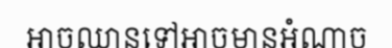
អាចឈានទៅអាចមានអំណាច